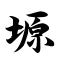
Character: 塬